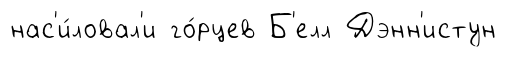
нас'и́ловал'и го́рцев Б'елл Дэнн'истун